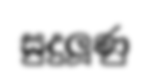
සුදුලූණු